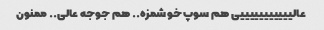
عالیییییییییییی هم سوپ خوشمزه.. هم جوجه عالی.. ممنون